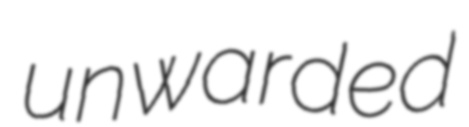
unwarded